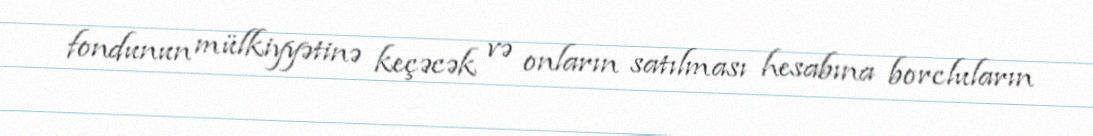
fondunun mülkiyyətinə keçəcək və onların satılması hesabına borcluların